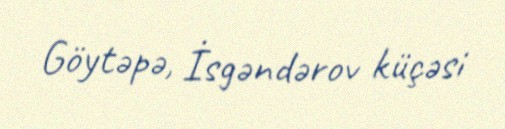
Göytəpə, İsgəndərov küçəsi